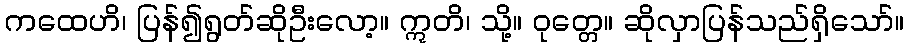
ကထေဟိ၊ ပြန်၍ရွတ်ဆိုဦးလော့။ ဣတိ၊ သို့။ ဝုတ္တေ။ ဆိုလှာပြန်သည်ရှိသော်။